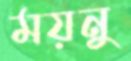
ময়নু